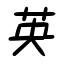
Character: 英